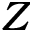
Z